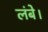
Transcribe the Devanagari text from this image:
लंबे।